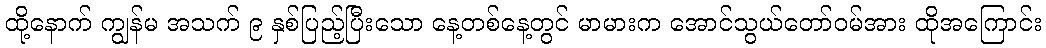
ထို့နောက် ကျွန်မ အသက် ၉ နှစ်ပြည့်ပြီးသော နေ့တစ်နေ့တွင် မာမားက အောင်သွယ်တော်ဝမ်အား ထိုအကြောင်း